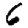
Digit: 6